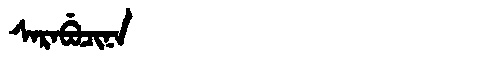
Manchu: ᠰᠠᡵᠠᠪᡠᠴᡳᠨᠠ
Romanization: SARABUCINA